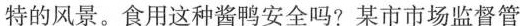
特的风景。食用这种酱鸭安全吗？某市市场监督管